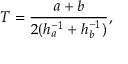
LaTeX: T = { \frac { a + b } { 2 ( h _ { a } ^ { - 1 } + h _ { b } ^ { - 1 } ) } } ,